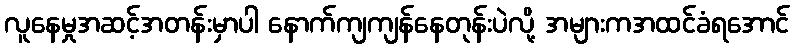
လူနေမှုအဆင့်အတန်းမှာပါ နောက်ကျကျန်နေတုန်းပဲလို့ အများကအထင်ခံရအောင်